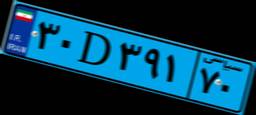
۳۰D۳۹۱۷۰